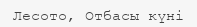
Лесото, Отбасы күні